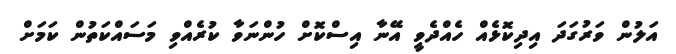
އަލުން ވަރުގަދަ އިދިކޮޅެއް ހެއްދެވީ އޭނާ އިސްކޮށް ހުންނަވާ ކުރެއްވި މަސައްކަތުން ކަމަށް